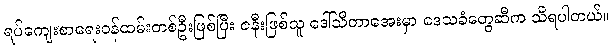
ရပ်ကျေးစာရေးဝန်ထမ်းတစ်ဦးဖြစ်ပြီး ဇနီးဖြစ်သူ ဒေါ်သီတာအေးမှာ ဒေသခံတွေဆီက သိရပါတယ်။